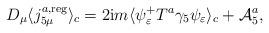
LaTeX: \begin{align*}D_\mu \langle j_{5\mu }^{a,{\rm reg}}\rangle _c=2{\rm i}m\langle \psi_\varepsilon ^{+}T^a\gamma _5\psi _\varepsilon \rangle _c+{\cal A}_5^a,\end{align*}